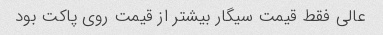
عالی فقط قیمت سیگار بیشتر از قیمت روی پاکت بود